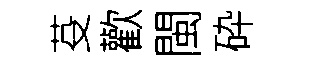
芟歡閩砕